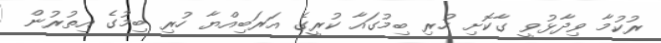
ރުކުމާ ވިދާޅުވީ ގާކޮށި ހުރި ބިމުގައާ ކުރީގެ އަރަބިއްޔާ ހުރި ބިމުގެ އިތުރުން